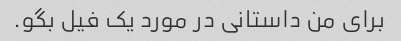
برای من داستانی در مورد یک فیل بگو.